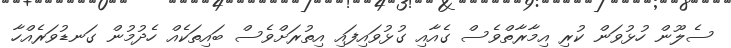
ސެލޫން ހުޅުވަން ކުރި އިމާރާތްވެސް ގެއާއި ގުޅުވައިފައި އިތުރަށްވެސް ބައިތަކެއް ހެދުމުން ގަނޑުވަރެއްހާ